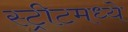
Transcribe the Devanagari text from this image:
स्ट्रीटमध्ये